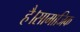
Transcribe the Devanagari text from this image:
है।सामाजिक